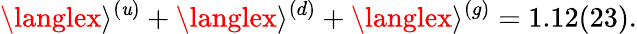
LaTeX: \langlex\rangle^{(\mathit{u})}+\langlex\rangle^{(d)}+\langlex\rangle^{(g)}=1.12(23).